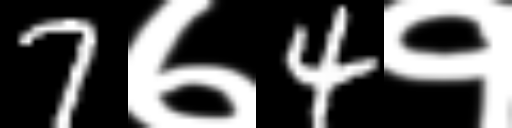
Text: 7७4१